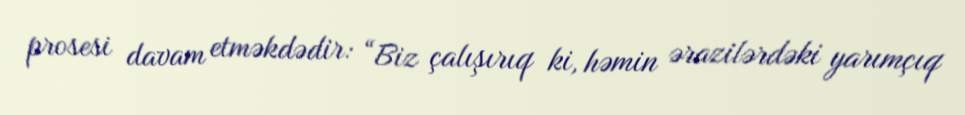
prosesi davam etməkdədir: “Biz çalışırıq ki, həmin ərazilərdəki yarımçıq